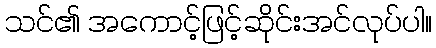
သင်၏ အကောင့်ဖြင့်ဆိုင်းအင်လုပ်ပါ။